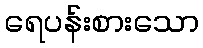
ရေပန်းစားသော